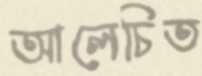
আলেচিত